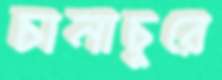
চানাচুরে